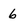
Character: 6